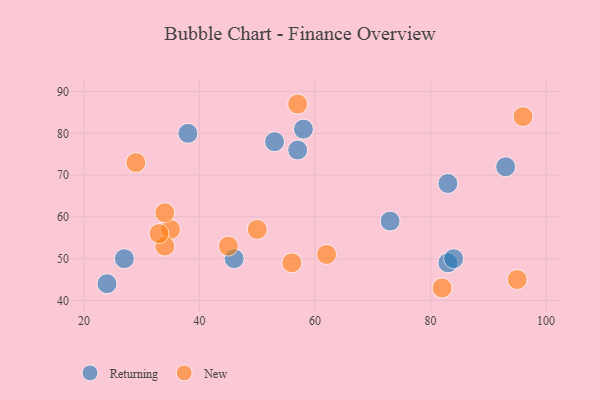
{"axis": {"x": "GDP", "y": "Life Expectancy"}, "legend": ["New", "Returning"], "data": [{"x": "83", "y": 49, "type": "Returning"}, {"x": "24", "y": 44, "type": "Returning"}, {"x": "93", "y": 72, "type": "Returning"}, {"x": "57", "y": 76, "type": "Returning"}, {"x": "84", "y": 50, "type": "Returning"}, {"x": "53", "y": 78, "type": "Returning"}, {"x": "83", "y": 68, "type": "Returning"}, {"x": "46", "y": 50, "type": "Returning"}, {"x": "58", "y": 81, "type": "Returning"}, {"x": "73", "y": 59, "type": "Returning"}, {"x": "27", "y": 50, "type": "Returning"}, {"x": "38", "y": 80, "type": "Returning"}, {"x": "82", "y": 43, "type": "New"}, {"x": "35", "y": 57, "type": "New"}, {"x": "95", "y": 45, "type": "New"}, {"x": "45", "y": 53, "type": "New"}, {"x": "34", "y": 53, "type": "New"}, {"x": "33", "y": 56, "type": "New"}, {"x": "34", "y": 61, "type": "New"}, {"x": "96", "y": 84, "type": "New"}, {"x": "57", "y": 87, "type": "New"}, {"x": "62", "y": 51, "type": "New"}, {"x": "29", "y": 73, "type": "New"}, {"x": "50", "y": 57, "type": "New"}, {"x": "56", "y": 49, "type": "New"}]}